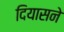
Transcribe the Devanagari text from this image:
दियासने